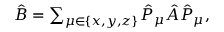
\begin{array} { r } { \hat { B } = \sum _ { \mu \in \{ x , y , z \} } \hat { P } _ { \mu } \hat { A } \hat { P } _ { \mu } , } \end{array}